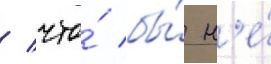
/ что́ бы́ н'е́